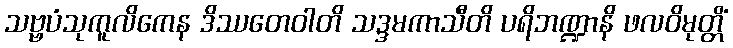
သဗ္ဗပံသုကူလိကေန ဒိဿတေဝါတိ သဒ္ဒမကာသီတိ ပရိဘဏ္ဍာနိ ဖလဝိမုတ္တိံ